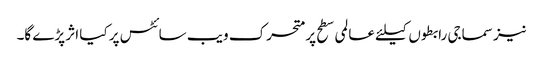
نیز سماجی رابطوں کیلئے عالمی سطح پر متحرک ویب سائٹس پر کیا اثر پڑے گا۔